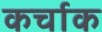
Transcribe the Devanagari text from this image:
कर्चाक